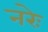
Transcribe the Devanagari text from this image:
नरेः